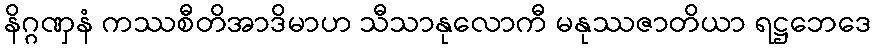
နိဂ္ဂဏှနံ ကဿစီတိအာဒိမာဟ သီသာနုလောကီ မနုဿဇာတိယာ ရဋ္ဌဘေဒေ